Problem: 38 + 22 = ?
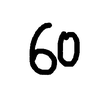
Handwritten answer: 60